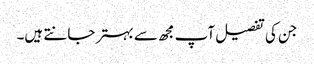
جن کی تفصیل آپ مجھ سے بہتر جانتے ہیں۔